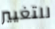
للتغيير